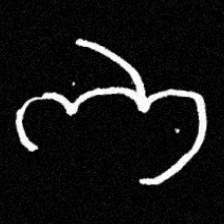
Pyu character \u2014 Myanmar letter: ဘ (romanized: bha)